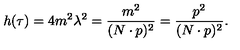
h ( \tau ) = 4 m ^ { 2 } \lambda ^ { 2 } = \frac { m ^ { 2 } } { ( N \cdot p ) ^ { 2 } } = \frac { p ^ { 2 } } { ( N \cdot p ) ^ { 2 } } .